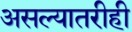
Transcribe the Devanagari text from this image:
असल्यातरीही